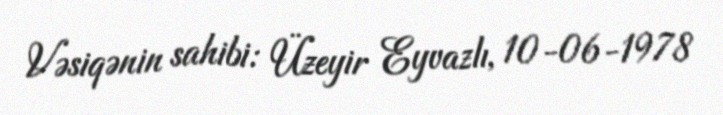
Vəsiqənin sahibi: Üzeyir Eyvazlı, 10-06-1978